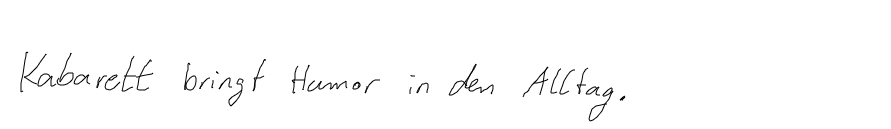
Kabarett bringt Humor in den Alltag.